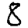
Digit: 8